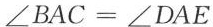
$$\angle BAC=\angle DAE$$。